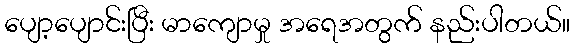
ပျော့ပျောင်းပြီး မာကျောမှု အရေအတွက် နည်းပါတယ်။